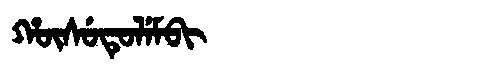
Manchu: ᡥᡡᠰᡠᡨᡠᠯᡝᠮᠪᡳ
Romanization: HŪSUTULEMBI